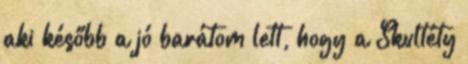
aki később a jó barátom lett, hogy a Skultéty